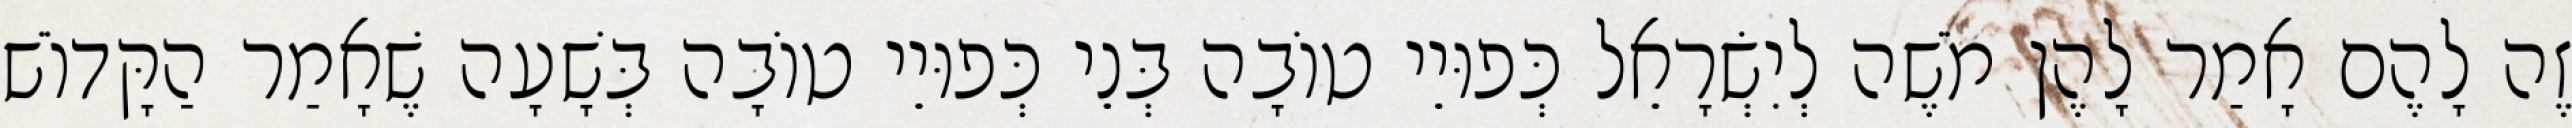
זֶה לָהֶם אָמַר לָהֶן מֹשֶׁה לְיִשְׂרָאֵל כְּפוּיֵי טוֹבָה בְּנֵי כְּפוּיֵי טוֹבָה בְּשָׁעָה שֶׁאָמַר הַקָּדוֹשׁ